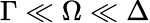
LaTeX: \Gamma\ll\Omega\ll\Delta